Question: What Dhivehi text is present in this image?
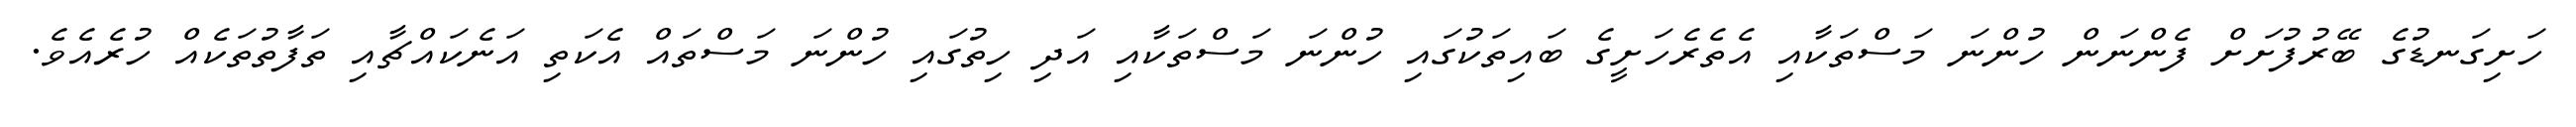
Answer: ހަށިގަނޑުގެ ބޭރުފުށަށް ފެންނަން ހުންނަ މަސްތަކާއި އެތެރެހަށީގެ ބައިތަކުގައި ހުންނަ މަސްތަކާއި އަދި ހިތުގައި ހުންނަ މަސްތައް އެކަތި އަނެކައްޗާއި ތަފާތުތަކެއް ހުރެއެވެ.